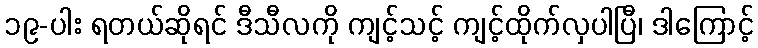
၁၉-ပါး ရတယ်ဆိုရင် ဒီသီလကို ကျင့်သင့် ကျင့်ထိုက်လှပါပြီ၊ ဒါကြောင့်